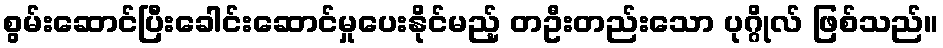
စွမ်းဆောင်ပြီးခေါင်းဆောင်မှုပေးနိုင်မည့် တဦးတည်းသော ပုဂ္ဂိုလ် ဖြစ်သည်။